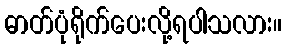
ဓာတ်ပုံရိုက်ပေးလို့ရပါသလား။